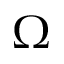
\Omega